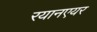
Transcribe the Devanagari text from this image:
रयानएयर